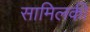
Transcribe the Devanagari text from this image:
सामिलकी